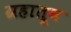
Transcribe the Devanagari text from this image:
ग्रहातून